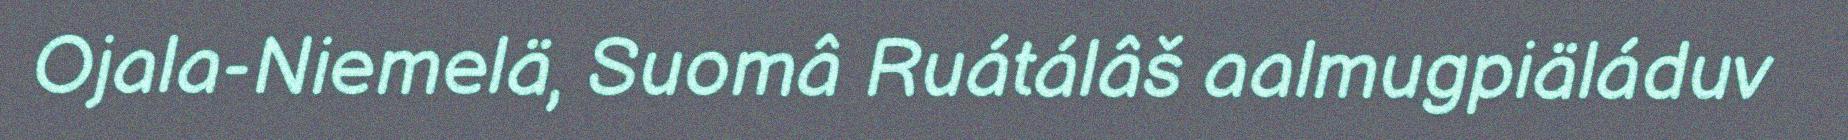
Ojala-Niemelä, Suomâ Ruátálâš aalmugpiäláduv